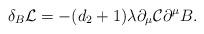
LaTeX: \begin{align*}\delta_{B}{\cal L}=-(d_{2}+1)\lambda\partial_{\mu}{\cal C}\partial^{\mu}B.\end{align*}